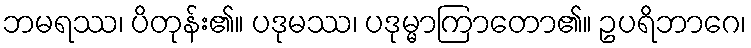
ဘမရဿ၊ ပိတုန်း၏။ ပဒုမဿ၊ ပဒုမ္မာကြာတော၏။ ဥပရိဘာဂေ၊